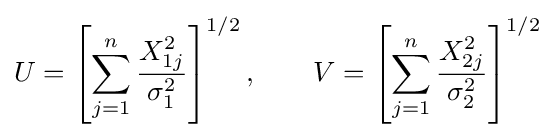
U=\left[\sum _{j=1}^{n}{\frac {X_{1j}^{2}}{\sigma _{1}^{2}}}\right]^{1/2},\qquad V=\left[\sum _{j=1}^{n}{\frac {X_{2j}^{2}}{\sigma _{2}^{2}}}\right]^{1/2}